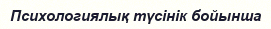
Психологиялық түсінік бойынша